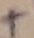
Text: +